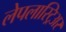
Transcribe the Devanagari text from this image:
लेपलास्ट्रिअर